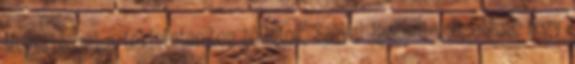
Megértéssel a tekintetemben bólintok. Szóval igazam volt abban, hogy